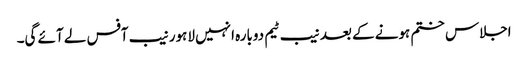
اجلاس ختم ہونے کے بعد نیب ٹیم دوبارہ انہیں لاہور نیب آفس لے آئے گی۔